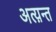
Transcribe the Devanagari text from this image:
अत्य़न्त